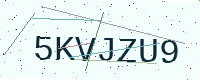
Text: 5KVJZU9